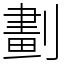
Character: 劃